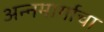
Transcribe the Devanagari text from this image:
अन्नमार्गाचा